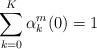
LaTeX: \begin{align*} \sum_{k=0}^K \alpha_k^m(0)=1\end{align*}